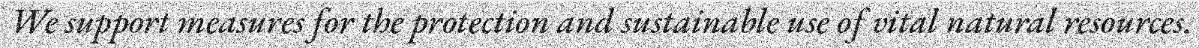
We support measures for the protection and sustainable use of vital natural resources.